Trukikaitis_Postimees, lk 42
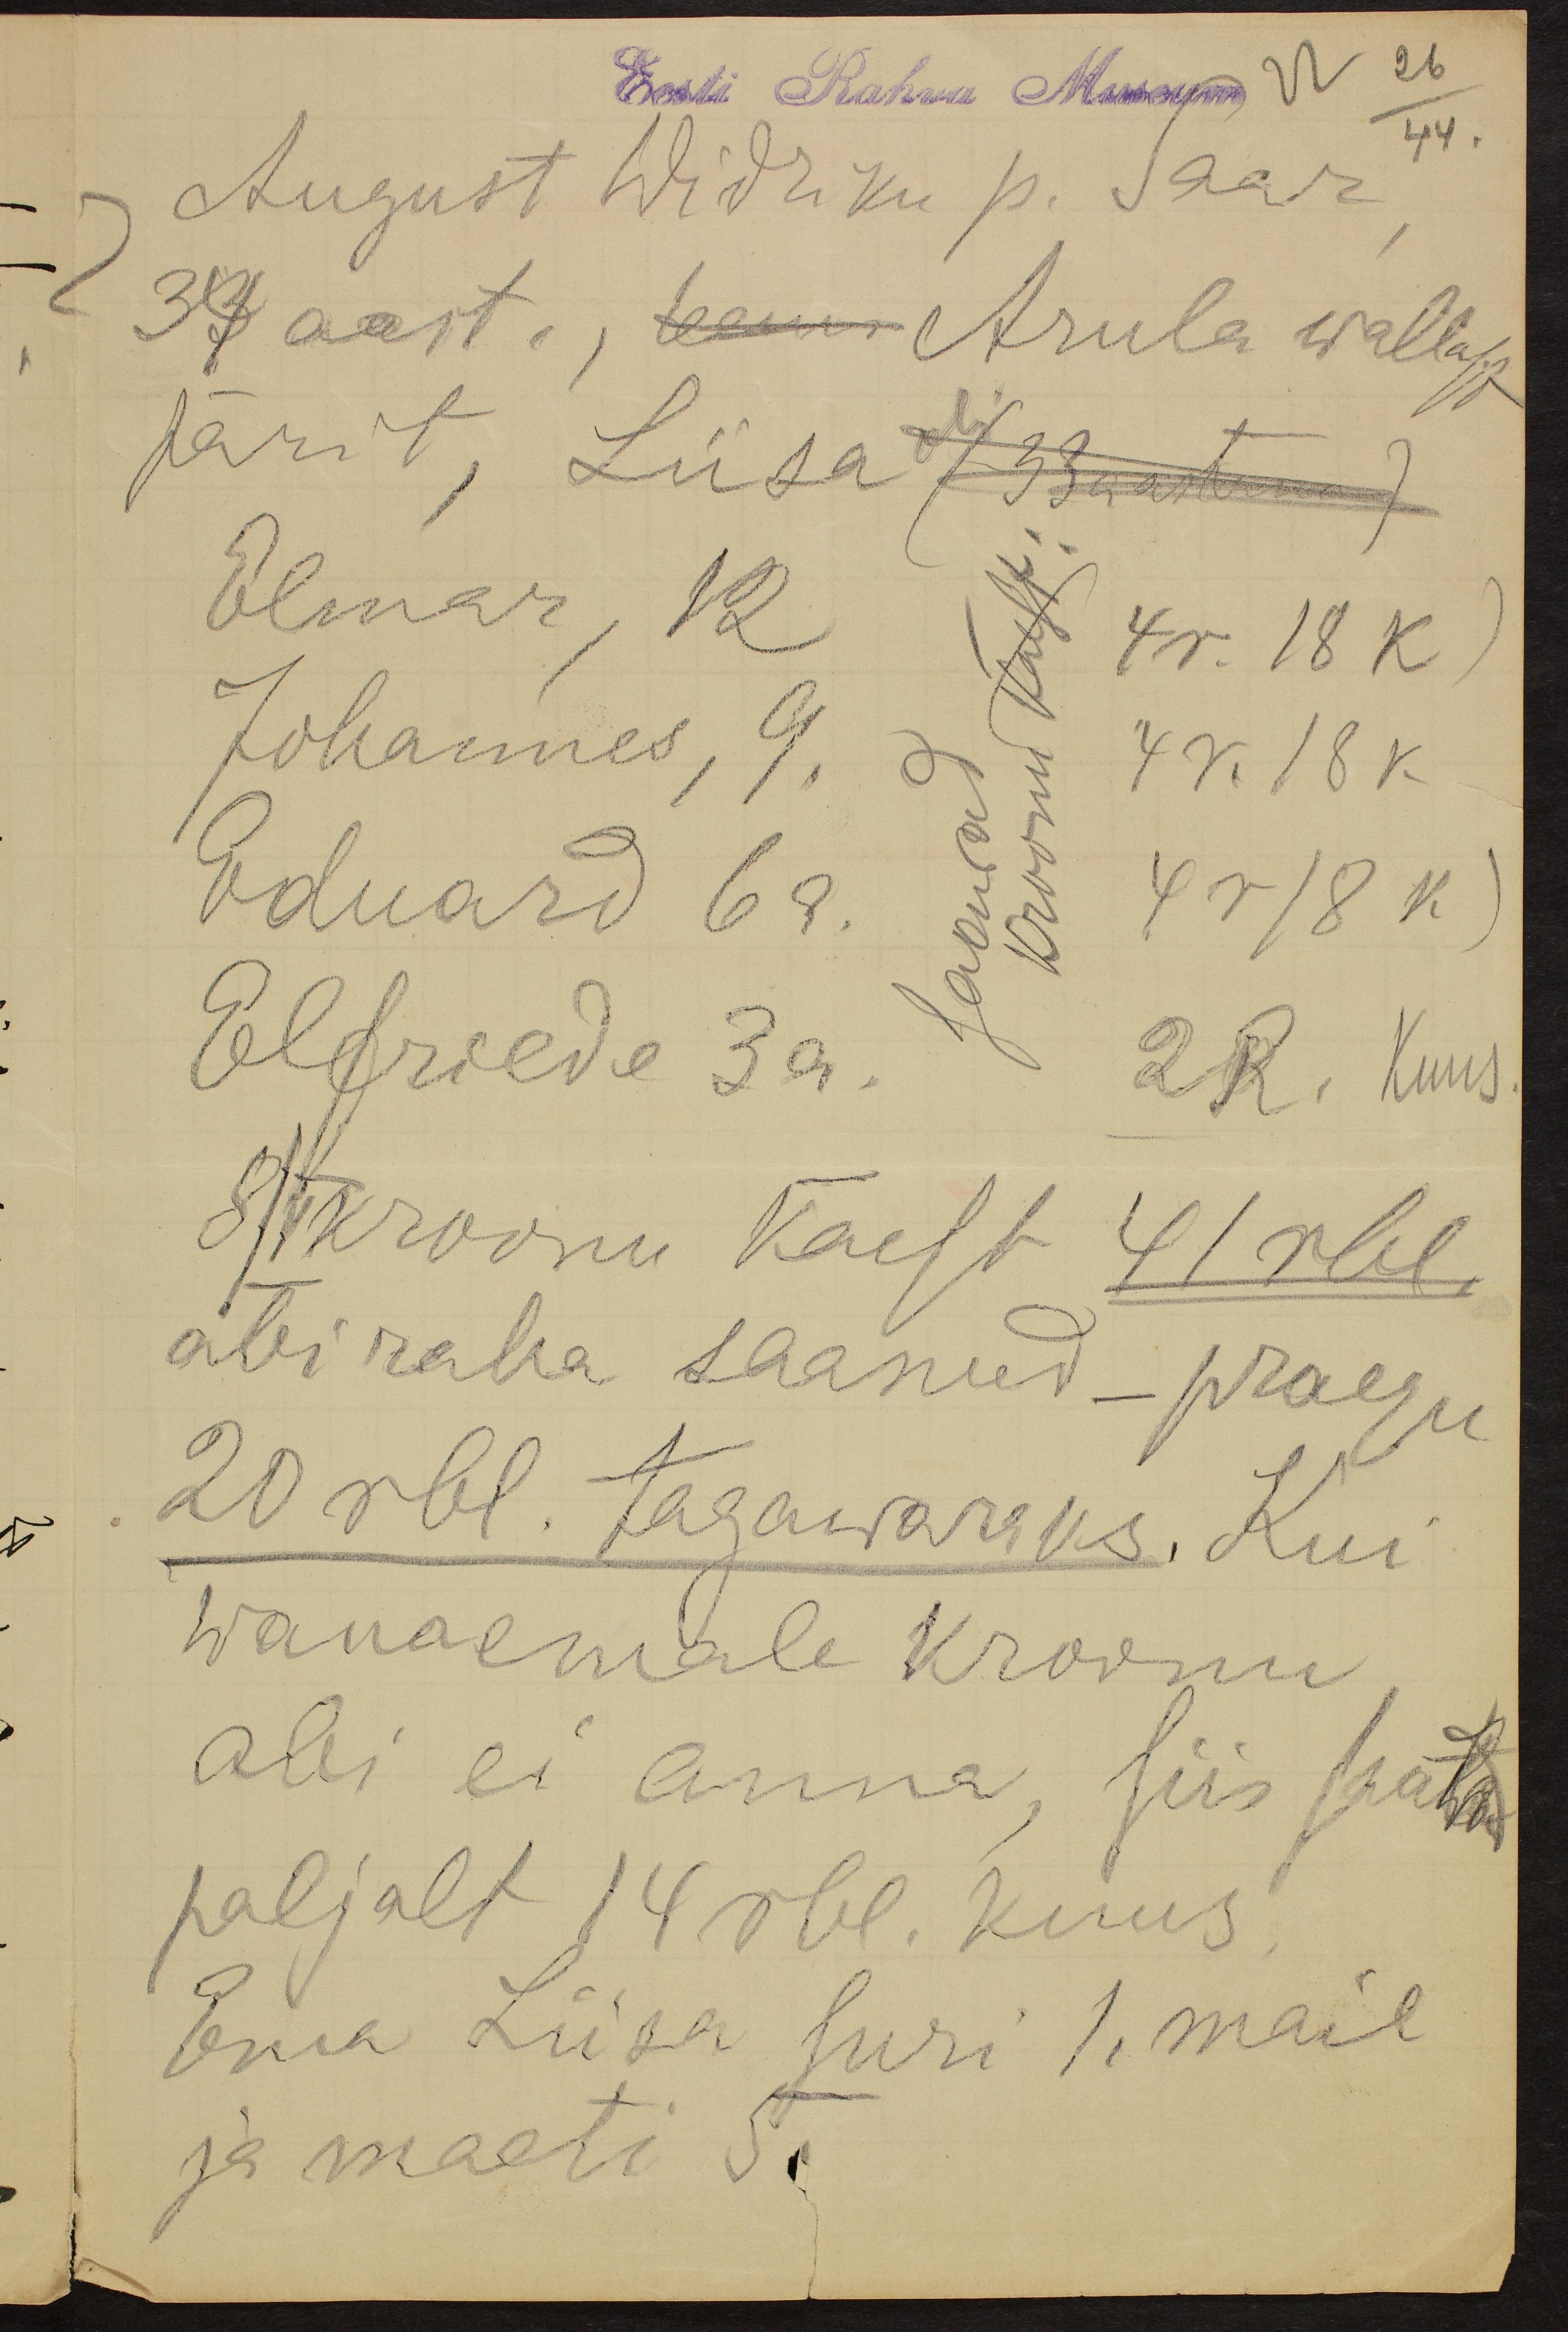
Eesti Rahva Muuseum
22 26.
44.
August Widriku p. Saar
34 aasta, teema Arula wallap
pärit, Liisa oli (33 astane)
Johannes, 9.
Elmar , 12
4r. 18 k
4 r. 18 k
Eduard 6 a.
4 r 18 k
Elfriede 3 a. 2 R. Kuus
8/V kroonu käest 41 rbl.
abi raha saanud - praegu
20 rbl. tagawaraks. Kui
wanaemale kroonu
abi ei anna, siis saawad
paljalt 14 rbl. kuus
Ema Liisa suri 1, mail
ja maeti 5